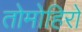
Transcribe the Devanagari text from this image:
तोमोहिरो